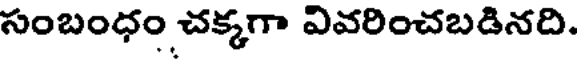
సంబంధం చక్కగా వివరించబడినది.